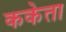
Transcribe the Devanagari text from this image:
ककेता